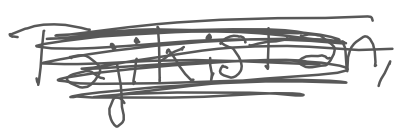
Text: Tajikistan,
Cross-out: scratch
Writing tool: digital_gray